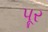
પૂર